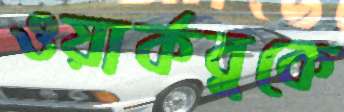
ওয়ার্কবুকে